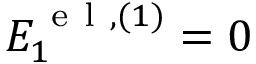
{ \cal E } _ { 1 } ^ { \ensuremath { \mathrm { ~ e ~ l ~ } } , ( 1 ) } = 0